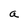
Character: a